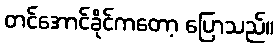
တင်အောင်ခိုင်ကတော့ ပြောသည်။